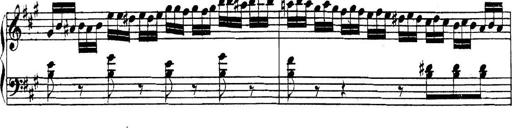
Title: Collected Piano Sonatas
Composer: Muzio Clementi